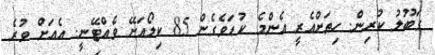
ގަބޫލު ކުރިން. ހިތަށްއެރީ އެންމެ ކުޑަވެގެން 85 ކިލޯއަށޭ ވެއްޓޭނީ. އެއަށް ވުރެ